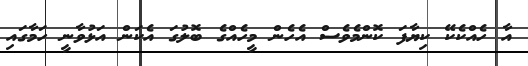
އާ ހެއްކެކޭ ކިޔާފަ ކޮންމެވެސް އެހެން މީހެއްގެ ބޮލުގަ އެކަން އަޅުވާނީ ހަމާގައި